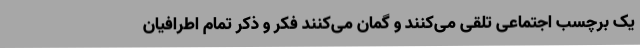
یک برچسب اجتماعی تلقی می‌کنند و گمان می‌کنند فکر و ذکر تمام اطرافیان